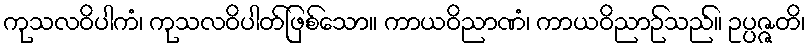
ကုသလဝိပါကံ၊ ကုသလဝိပါတ်ဖြစ်သော။ ကာယဝိညာဏံ၊ ကာယဝိညာဉ်သည်။ ဥပ္ပဇ္ဇတိ၊